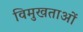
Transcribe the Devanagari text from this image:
विमुखताओं